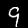
Label: 9